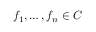
f _ { 1 } , \dots , f _ { n } \in C